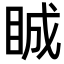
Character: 𥆏